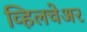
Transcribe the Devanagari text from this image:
व्हिलचेअर